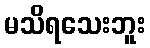
မသိရသေးဘူး